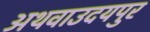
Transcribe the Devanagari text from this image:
अथवाउदयपुर